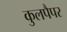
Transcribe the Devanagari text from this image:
कुलपैपर